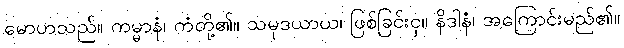
မောဟသည်။ ကမ္မာနံ၊ ကံတို့၏။ သမုဒယာယ၊ ဖြစ်ခြင်းငှ။ နိဒါနံ၊ အကြောင်းမည်၏။